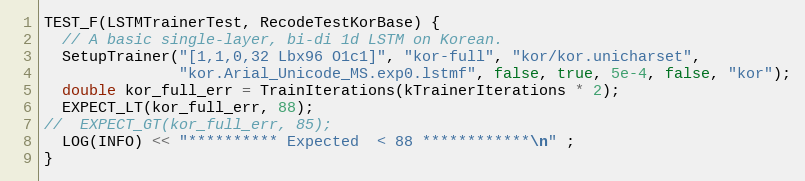
Language: C++
TEST_F(LSTMTrainerTest, RecodeTestKorBase) {
  // A basic single-layer, bi-di 1d LSTM on Korean.
  SetupTrainer("[1,1,0,32 Lbx96 O1c1]", "kor-full", "kor/kor.unicharset",
               "kor.Arial_Unicode_MS.exp0.lstmf", false, true, 5e-4, false, "kor");
  double kor_full_err = TrainIterations(kTrainerIterations * 2);
  EXPECT_LT(kor_full_err, 88);
//  EXPECT_GT(kor_full_err, 85);
  LOG(INFO) << "********** Expected  < 88 ************\n" ;
}